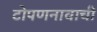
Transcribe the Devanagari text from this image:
टोपणनावाची